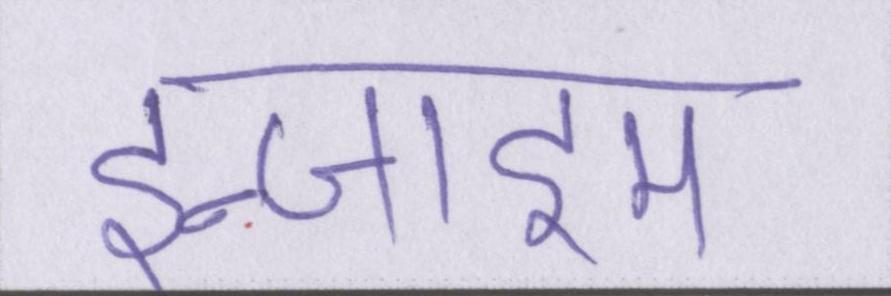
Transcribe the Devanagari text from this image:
इन्जाइम